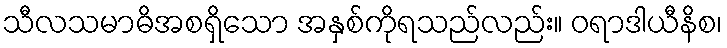
သီလသမာဓိအစရှိသော အနှစ်ကိုရသည်လည်း။ ဝရာဒါယီနိစ၊